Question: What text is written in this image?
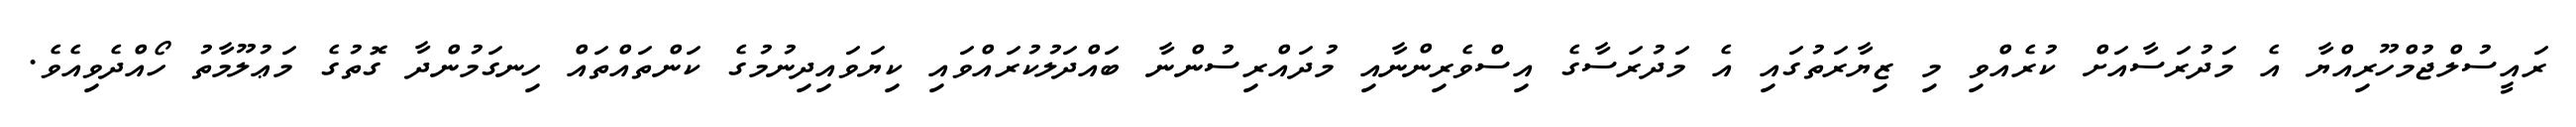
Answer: ރައީސުލްޖުމްހޫރިއްޔާ އެ މަދުރަސާއަށް ކުރެއްވި މި ޒިޔާރަތުގައި އެ މަދުރަސާގެ އިސްވެރިންނާއި މުދައްރިސުންނާ ބައްދަލުކުރައްވައި ކިޔަވައިދިނުމުގެ ކަންތައްތައް ހިނގަމުންދާ ގޮތުގެ މަޢުލޫމާތު ހޯއްދެވިއެވެ.